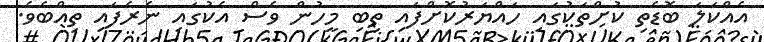
އެއްކަލަ ބޮޑެތި ކުށްތަކުގައި ހައްޔަރުކޮށްފައި ތިބި މީހުން ވެސް އެކުގައި ނެރެފައި ތިއްބެވެ.